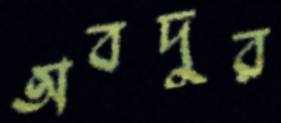
অবদুর